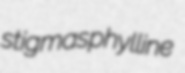
stigmas phylline